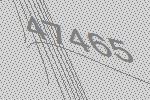
47465